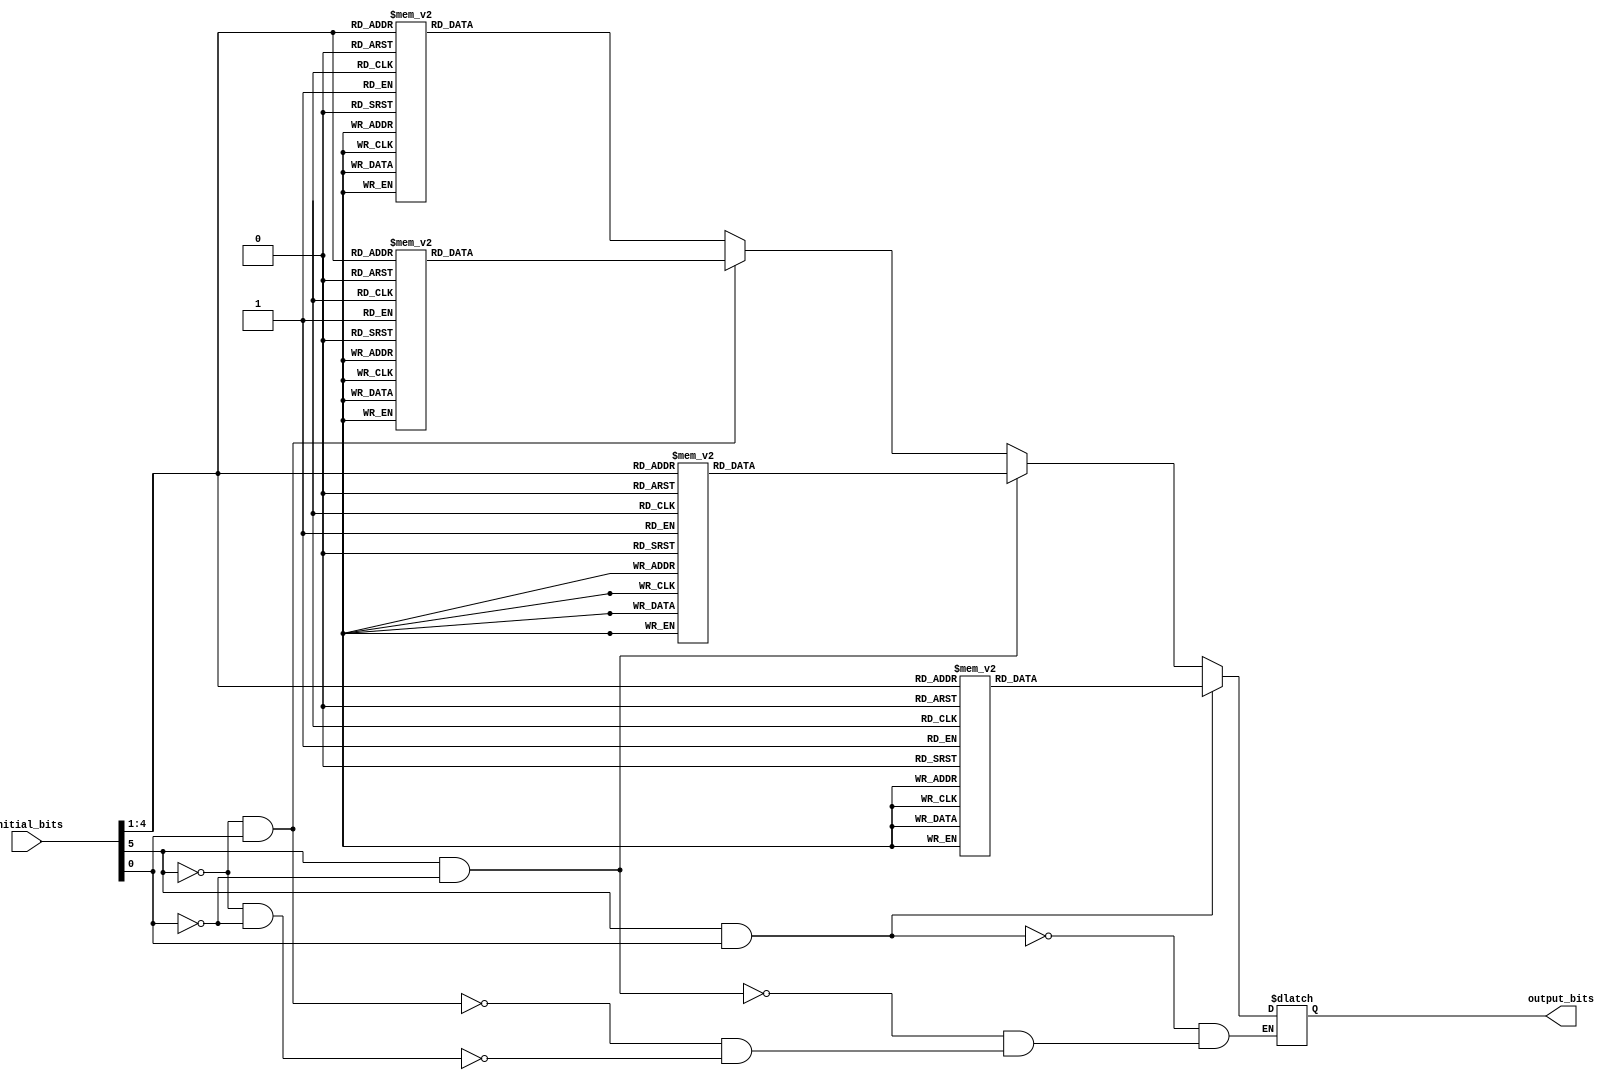
`timescale 1ns / 1ps

module S_block3(input [1:6] initial_bits, output reg [1:4] output_bits
    );
	 
always @(initial_bits)
begin
if(initial_bits[1] == 0 && initial_bits[6] == 0)
case (initial_bits[2:5])
	  4'b0000: output_bits <= 10;
	  4'b0001: output_bits <= 0;
	  4'b0010: output_bits <= 9;
	  4'b0011: output_bits <= 14;
	  4'b0100: output_bits <= 6;
	  4'b0101: output_bits <= 3;
	  4'b0110: output_bits <= 15;
	  4'b0111: output_bits <= 5;
	  4'b1000: output_bits <= 1;
	  4'b1001: output_bits <= 13;
	  4'b1010: output_bits <= 12; 
	  4'b1011: output_bits <= 7;
	  4'b1100: output_bits <= 11;
	  4'b1101: output_bits <= 4;
	  4'b1110: output_bits <= 2;
	  4'b1111: output_bits <= 8;
	  default: output_bits <= 4'b1111;
endcase	  

if(initial_bits[1] == 0 && initial_bits[6] == 1)
case (initial_bits[2:5])
	  4'b0000: output_bits <= 13;
	  4'b0001: output_bits <= 7;
	  4'b0010: output_bits <= 0;
	  4'b0011: output_bits <= 9;
	  4'b0100: output_bits <= 3;
	  4'b0101: output_bits <= 4;
	  4'b0110: output_bits <= 6;
	  4'b0111: output_bits <= 10;
	  4'b1000: output_bits <= 2;
	  4'b1001: output_bits <= 8;
	  4'b1010: output_bits <= 5; 
	  4'b1011: output_bits <= 14;
	  4'b1100: output_bits <= 12;
	  4'b1101: output_bits <= 11;
	  4'b1110: output_bits <= 15;
	  4'b1111: output_bits <= 1;
	  default: output_bits <= 4'b1111;
endcase	  

if(initial_bits[1] == 1 && initial_bits[6] == 0)
case (initial_bits[2:5])
	  4'b0000: output_bits <= 13;
	  4'b0001: output_bits <= 6;
	  4'b0010: output_bits <= 4;
	  4'b0011: output_bits <= 9;
	  4'b0100: output_bits <= 8;
	  4'b0101: output_bits <= 15;
	  4'b0110: output_bits <= 3;
	  4'b0111: output_bits <= 0;
	  4'b1000: output_bits <= 11;
	  4'b1001: output_bits <= 1;
	  4'b1010: output_bits <= 2; 
	  4'b1011: output_bits <= 12;
	  4'b1100: output_bits <= 5;
	  4'b1101: output_bits <= 10;
	  4'b1110: output_bits <= 14;
	  4'b1111: output_bits <= 7;
	  default: output_bits <= 4'b1111;
endcase	  

if(initial_bits[1] == 1 && initial_bits[6] == 1)
case (initial_bits[2:5])
	  4'b0000: output_bits <= 1;
	  4'b0001: output_bits <= 10;
	  4'b0010: output_bits <= 13;
	  4'b0011: output_bits <= 0;
	  4'b0100: output_bits <= 6;
	  4'b0101: output_bits <= 9;
	  4'b0110: output_bits <= 8;
	  4'b0111: output_bits <= 7;
	  4'b1000: output_bits <= 4;
	  4'b1001: output_bits <= 15;
	  4'b1010: output_bits <= 14; 
	  4'b1011: output_bits <= 3;
	  4'b1100: output_bits <= 11;
	  4'b1101: output_bits <= 5;
	  4'b1110: output_bits <= 2;
	  4'b1111: output_bits <= 12;
	  default: output_bits <= 4'b1111;
endcase	  
end




endmodule